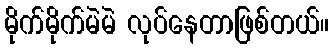
မိုက်မိုက်မဲမဲ လုပ်နေတာဖြစ်တယ်။